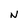
Character: N